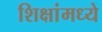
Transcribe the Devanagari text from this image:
शिक्षांमध्ये